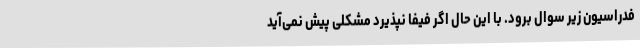
فدراسیون زیر سوال برود. با این حال اگر فیفا نپذیرد مشکلی پیش نمی‌آید